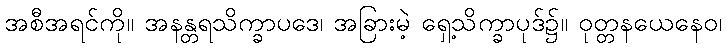
အစီအရင်ကို။ အနန္တရသိက္ခာပဒေ၊ အခြားမဲ့ ရှေ့သိက္ခာပုဒ်၌။ ဝုတ္တနယေနေဝ၊